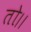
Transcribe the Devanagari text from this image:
तो।।